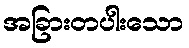
အခြားတပါးသော